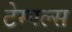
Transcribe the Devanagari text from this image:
टेम्पल्स